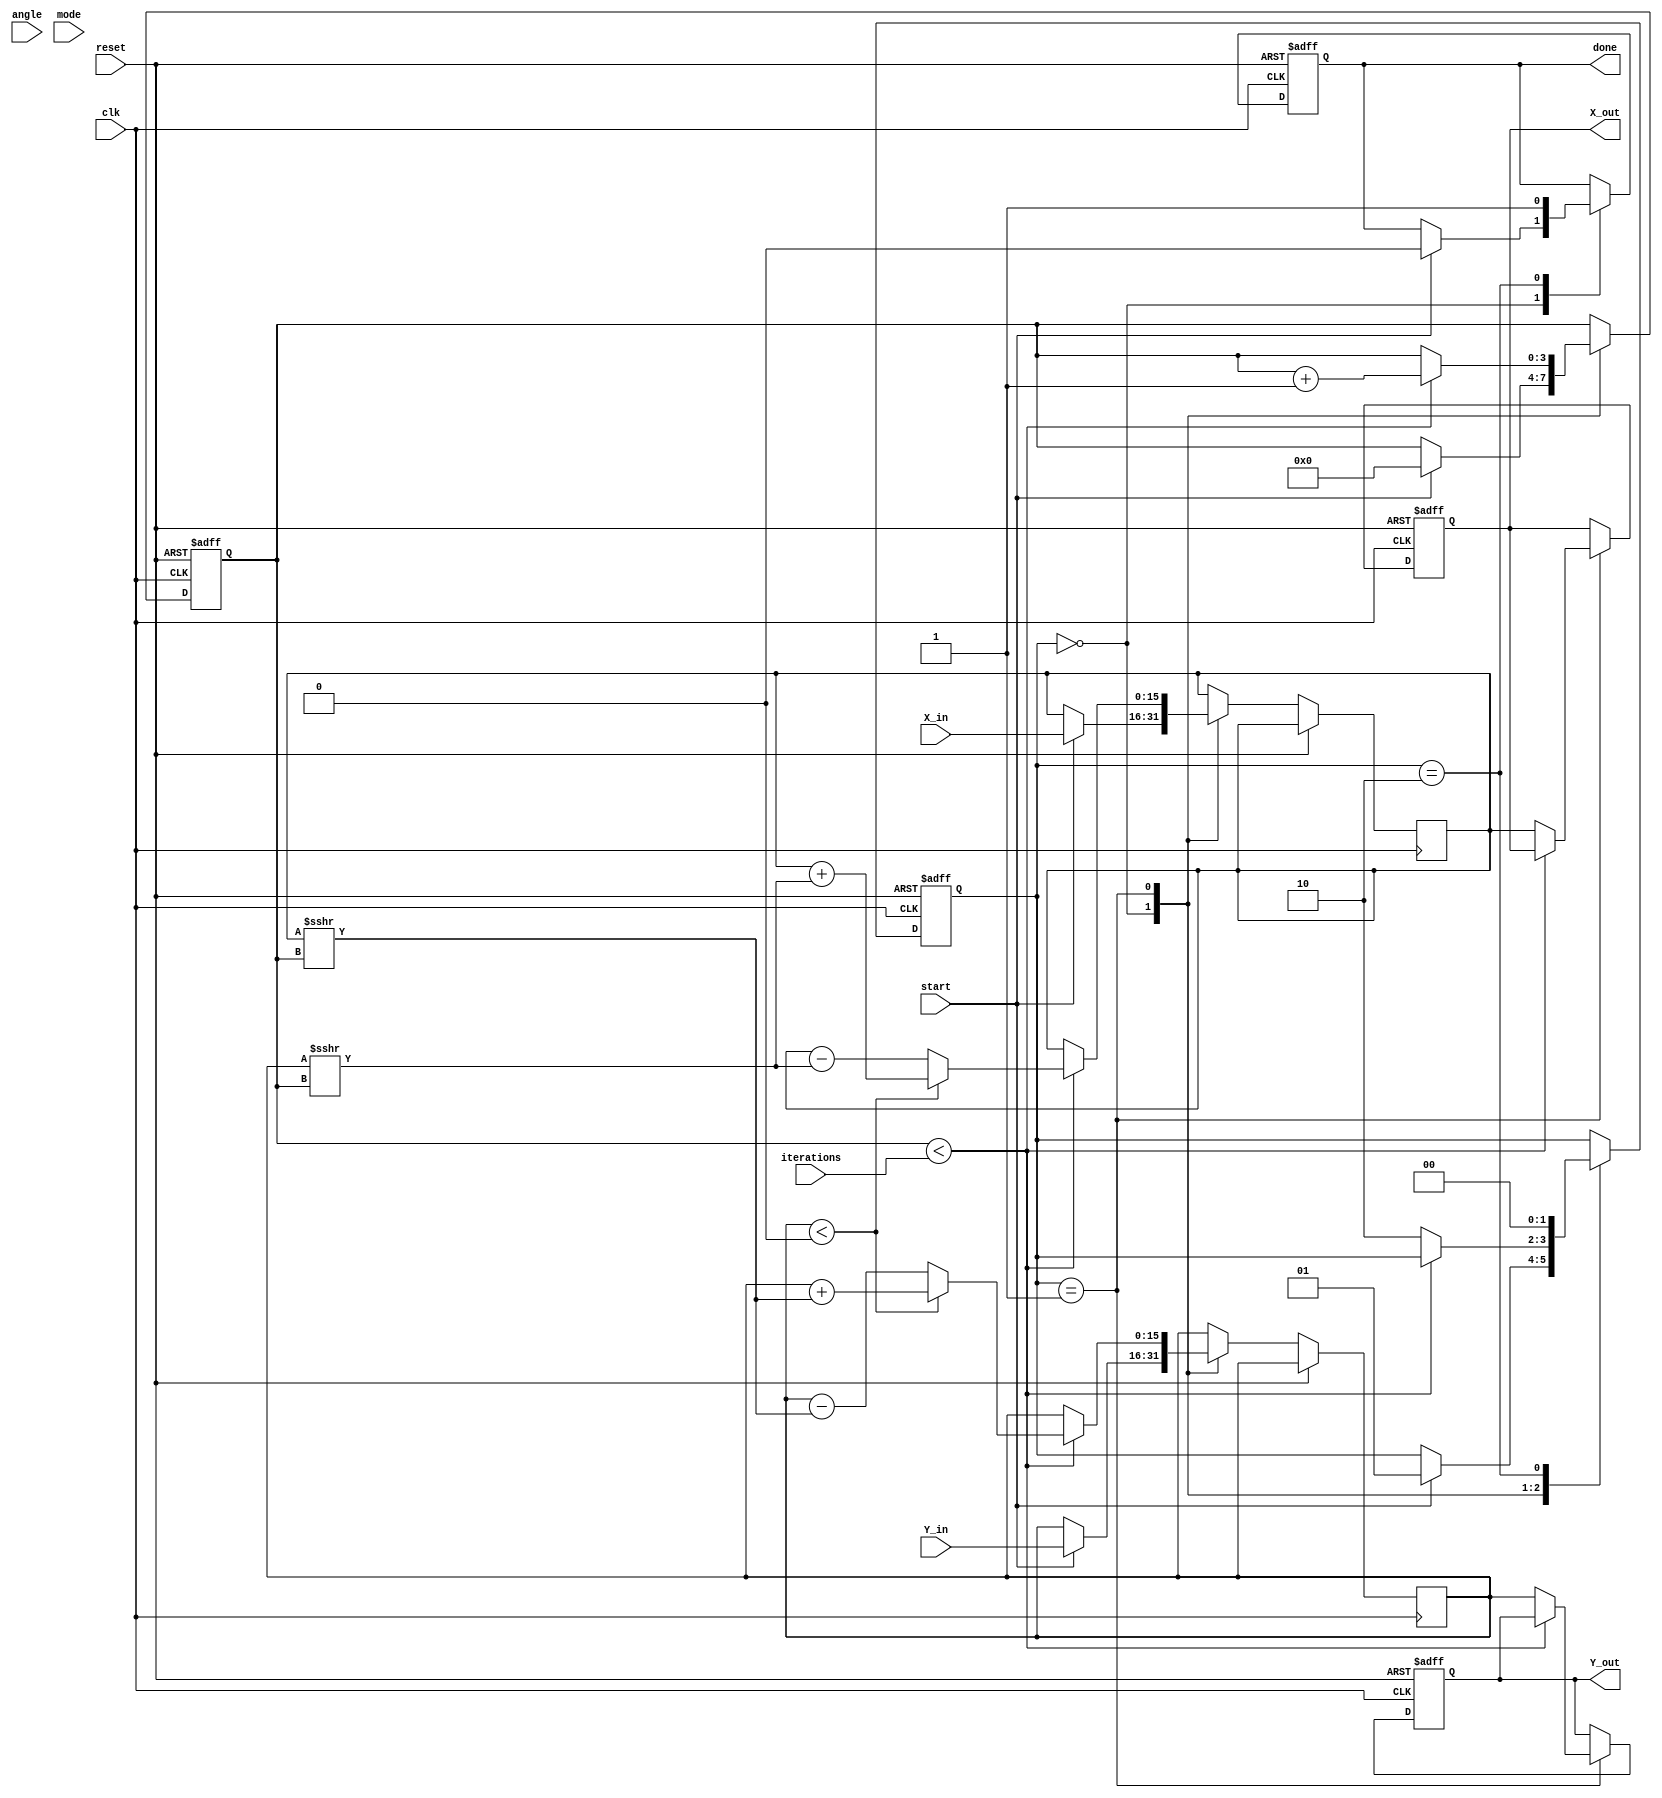
module modified_cordic (
    input wire clk,
    input wire reset,
    input wire start,
    input wire [15:0] X_in,
    input wire [15:0] Y_in,
    input wire [15:0] angle, // Input angle in radians (fixed-point)
    input wire mode, // 0 for circular, 1 for hyperbolic
    input wire [3:0] iterations, // Number of iterations
    output reg [15:0] X_out,
    output reg [15:0] Y_out,
    output reg done
);

    // Parameters
    parameter NUM_ITERATIONS = 16; // Max iterations
    reg [15:0] angle_table [0:NUM_ITERATIONS-1]; // Angle lookup table
    reg [15:0] X_reg, Y_reg;
    reg [3:0] iter_count;
    reg [1:0] state; // FSM state
    localparam IDLE = 2'b00, RUN = 2'b01, DONE = 2'b10;

    // Initialize angle lookup table (arctan values)
    initial begin
        angle_table[0] = 16'h0000; // atan(0)
        angle_table[1] = 16'h1C71; // atan(1/2^1)
        angle_table[2] = 16'h1A62; // atan(1/2^2)
        angle_table[3] = 16'h186A; // atan(1/2^3)
        // Add more values as needed...
    end

    // Sequential logic for state machine
    always @(posedge clk or posedge reset) begin
        if (reset) begin
            state <= IDLE;
            X_out <= 0;
            Y_out <= 0;
            done <= 0;
            iter_count <= 0;
        end else begin
            case (state)
                IDLE: begin
                    if (start) begin
                        X_reg <= X_in;
                        Y_reg <= Y_in;
                        iter_count <= 0;
                        state <= RUN;
                        done <= 0;
                    end
                end
                RUN: begin
                    if (iter_count < iterations) begin
                        // CORDIC rotation logic
                        if (Y_reg < 0) begin
                            X_reg <= X_reg + (Y_reg >>> iter_count);
                            Y_reg <= Y_reg + (X_reg >>> iter_count);
                        end else begin
                            X_reg <= X_reg - (Y_reg >>> iter_count);
                            Y_reg <= Y_reg - (X_reg >>> iter_count);
                        end
                        iter_count <= iter_count + 1;
                    end else begin
                        X_out <= X_reg;
                        Y_out <= Y_reg;
                        state <= DONE;
                    end
                end
                DONE: begin
                    done <= 1; // Signal that computation is done
                    state <= IDLE; // Go back to IDLE
                end
            endcase
        end
    end

endmodule